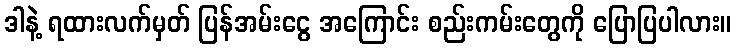
ဒါနဲ့ ရထားလက်မှတ် ပြန်အမ်းငွေ အကြောင်း စည်းကမ်းတွေကို ပြောပြပါလား။